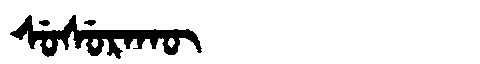
Manchu: ᠰᡠᠰᡠᡵᠠᡴᡡ
Romanization: SUSURAKŪ